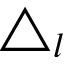
\triangle _ { l }